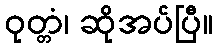
ဝုတ္တံ၊ ဆိုအပ်ပြီ။